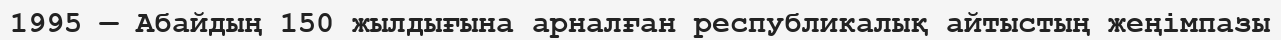
1995 — Абайдың 150 жылдығына арналған республикалық айтыстың жеңімпазы